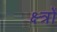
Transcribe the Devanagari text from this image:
क्ष्त्रों